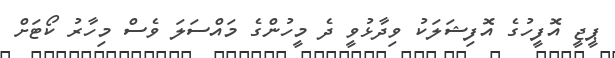
ޕީޖީ އޮފީހުގެ އޮފިޝަލަކު ވިދާޅުވީ ދެ މީހުންގެ މައްސަލަ ވެސް މިހާރު ކޯޓަށް